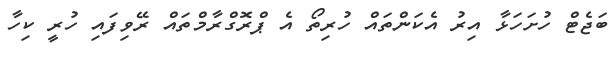
ބަޖެޓް ހުށަހަޅާ އިރު އެކަންތައް ހުރިތޯ އެ ޕްރޮގްރާމްތައް ރޭވިފައި ހުރީ ކިހާ